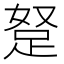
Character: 𮛖